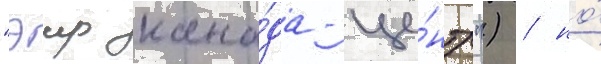
"эир кана́да-це́нтр") / но́